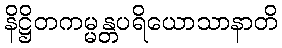
နိဋ္ဌိတကမ္မန္တပရိယောသာနာတိ